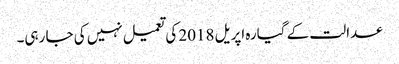
عدالت کے گیارہ اپریل 2018 کی تعمیل نہیں کی جا رہی۔